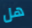
هل